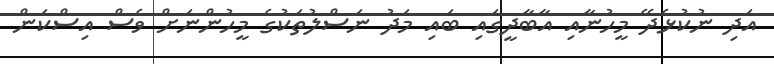
އަދި ނުކުޅެދޭ މީހުނާއި އާބާދީގައި ބައި މަދު ނަސްލުތަކުގެ މީހުންނަށް ވެސް އިސްކަން